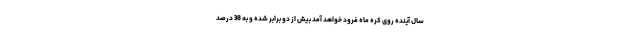
سال آینده روی کره ماه فرود خواهد آمد بیش از دو برابر شده و به 38 درصد